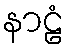
နာဠံ